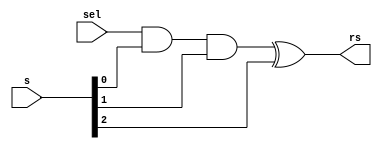
// Copyright {2011} {Jucemar Monteiro - jucemar.monteiro@gmail.com}
//
// Licensed under the Apache License, Version 2.0 (the "License");
// you may not use this file except in compliance with the License.
// You may obtain a copy of the License at

// http://www.apache.org/licenses/LICENSE-2.0

// Unless required by applicable law or agreed to in writing, software
// distributed under the License is distributed on an "AS IS" BASIS,
// WITHOUT WARRANTIES OR CONDITIONS OF ANY KIND, either express or implied.
// See the License for the specific language governing permissions and
// limitations under the License.
//
//-----------------------------------------------------
// Design Name : rb2
// Function    : Add One for Third Bit
// Coder       : Jucemar Monteiro
//-----------------------------------------------------
module  rb2 (sel, s, rs);
	parameter n = 3;
	input  [n-1:0]s;
	input sel;
	output  rs;
	assign rs= (sel & s[0] & s[1]) ^ s[2];
endmodule